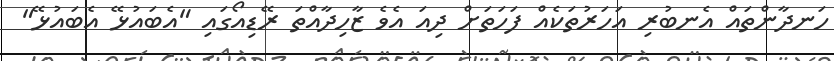
ހަނދާންތައް އެނބުރި އަހަރުތަކެއް ފަހަތަށް ދިއަ އެވެ ޒާހިދާއްތަ ރޭޑިއޯގައި "އެބައުޅޭ އެބައުޅޭ"